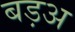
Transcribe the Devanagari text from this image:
बड़अ